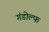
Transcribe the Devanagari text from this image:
गंडोल्फ